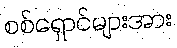
စစ်ရှောင်များအား